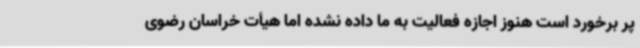
پر برخورد است هنوز اجازه فعالیت به ما داده نشده اما هیأت خراسان رضوی